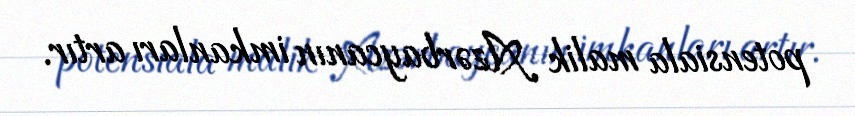
potensiala malik Azərbaycanın imkanları artır.